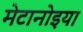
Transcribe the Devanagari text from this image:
मेटानोइया